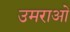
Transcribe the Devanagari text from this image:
उमराओ